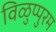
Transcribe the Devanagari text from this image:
विळुप्पुरम